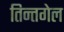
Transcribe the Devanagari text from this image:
तिन्तगेल